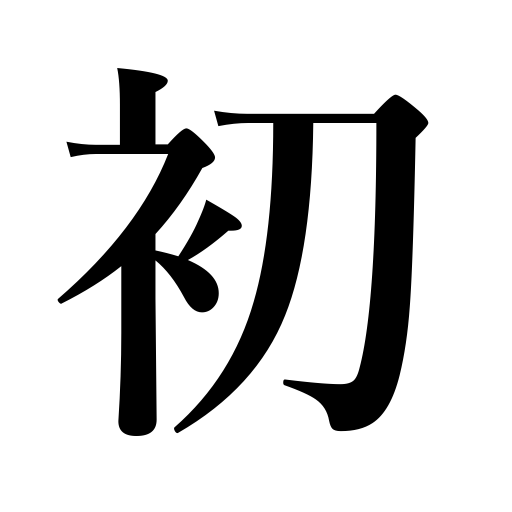
Meanings: for the first time,and,as well as,not until,new,first,first time,begin to,origin,beginning,including